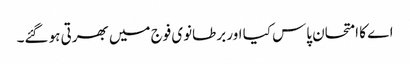
اے کا امتحان پاس کیا اور برطانوی فوج میں بھرتی ہو گئے۔